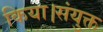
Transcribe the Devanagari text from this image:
किया।संयुक्त